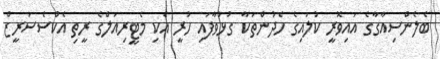
ބެލެންސިއާގާގެ އައިވޮރީ ކުލައިގެ ހެދުންތަކާ ގުޅުވާފައި ހުރީ އެކި މެޓީރިއަލްގެ ރީތި އެކްސެސަރީޒް